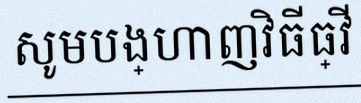
សូមបង្ហាញវិធីធ្វើ